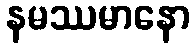
နမဿမာနော